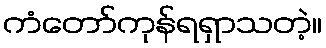
ကံတော်ကုန်ရရှာသတဲ့။